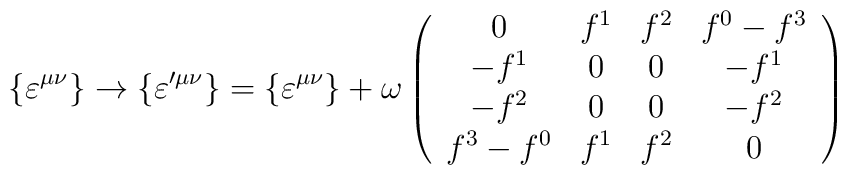
\{\varepsilon^{\mu \nu} \} \rightarrow \{\varepsilon'^{\mu \nu} \} = \{\varepsilon^{\mu \nu}\}  + \omega \left( \begin{array}{cccc}0 & f^1 & f^2 & f^0 - f^3 \\-f^1 & 0& 0 &  -f^1\\-f^2 & 0 & 0 &  - f^2 \\ f^3  -  f^0 & f^1 &  f^2 & 0\end{array} \right)